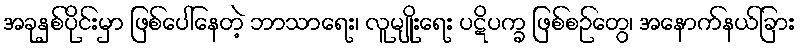
အခုနှစ်ပိုင်းမှာ ဖြစ်ပေါ်နေတဲ့ ဘာသာရေး၊ လူမျိုးရေး ပဋိပက္ခ ဖြစ်စဉ်တွေ၊ အနောက်နယ်ခြား